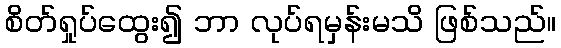
စိတ်ရှုပ်ထွေး၍ ဘာ လုပ်ရမှန်းမသိ ဖြစ်သည်။